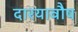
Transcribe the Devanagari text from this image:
दारयावौष